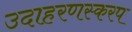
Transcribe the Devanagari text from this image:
उदाहरणस्करप